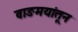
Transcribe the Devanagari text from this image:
वाङमयांतून